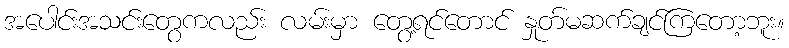
အပေါင်းအသင်းတွေကလည်း လမ်းမှာ တွေ့ရင်တောင် နှုတ်မဆက်ချင်ကြတော့ဘူး။